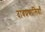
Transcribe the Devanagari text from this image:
दाबप्रणालियाँ